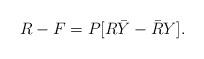
LaTeX: \begin{align*}R-F = P[R \bar Y- \bar R Y].\end{align*}